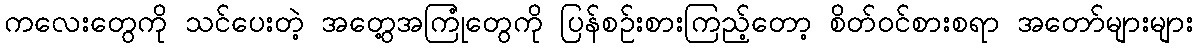
ကလေးတွေကို သင်ပေးတဲ့ အတွေ့အကြုံတွေကို ပြန်စဉ်းစားကြည့်တော့ စိတ်ဝင်စားစရာ အတော်များများ